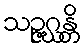
သဉ္ဇဂ္ဃန္တိ